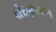
પૌરાણકથાના